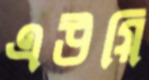
এউয়ি